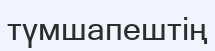
түмшапештің